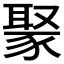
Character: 𬥁